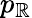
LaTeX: p_{\mathbb{R}}